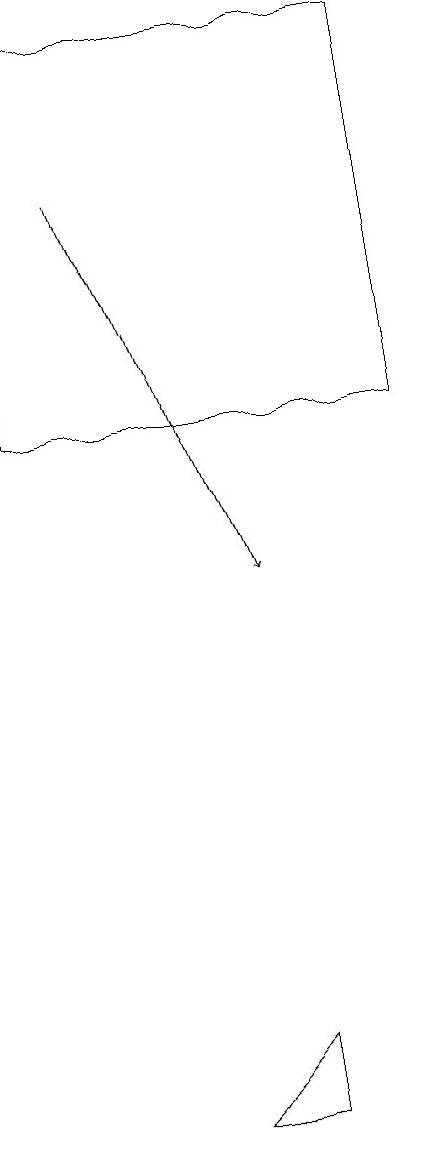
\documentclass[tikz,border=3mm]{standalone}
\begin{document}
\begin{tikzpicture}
\draw (4,6) -- (3,5) -- (4,5) -- cycle;
\draw (6,19) rectangle (1,14);
\draw[->] (2,17) -- (4,12);
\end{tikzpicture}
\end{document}